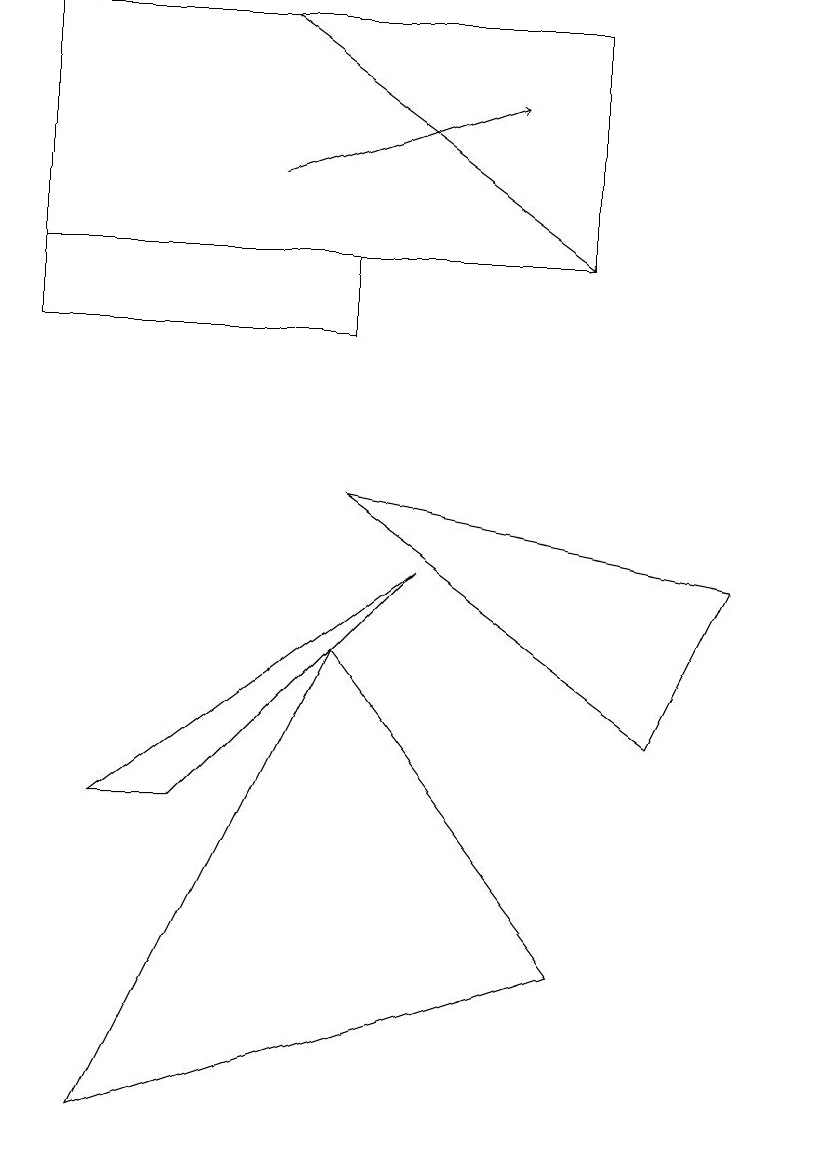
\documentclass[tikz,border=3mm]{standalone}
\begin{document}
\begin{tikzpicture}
\draw (10,10) circle (0);
\draw (5,7) -- (2,4) -- (1,4) -- cycle;
\draw[->] (3,14) -- (7,11);
\draw (7,2) -- (1,0) -- (4,6) -- cycle;
\draw (4,10) rectangle (0,11);
\draw (4,8) -- (8,5) -- (9,7) -- cycle;
\draw[->] (3,12) -- (6,13);
\draw (7,14) rectangle (0,11);
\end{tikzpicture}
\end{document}